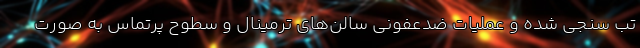
تب سنجی شده و عملیات ضدعفونی سالن‌های ترمینال و سطوح پرتماس به صورت